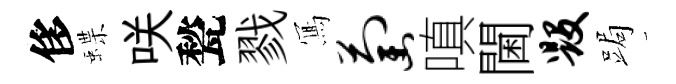
侈蝶咲甃戮𭂁萄嗔閫毁跼